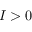
I > 0